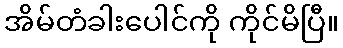
အိမ်တံခါးပေါင်ကို ကိုင်မိပြီ။